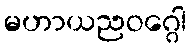
မဟာယညဝဂ္ဂေါ